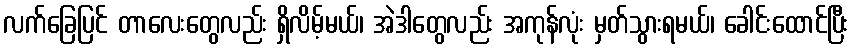
လက်ခြေပြင် တာလေးတွေလည်း ရှိလိမ့်မယ်၊ အဲဒါတွေလည်း အကုန်လုံး မှတ်သွားရမယ်၊ ခေါင်းထောင်ပြီး